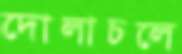
দোলাচলে